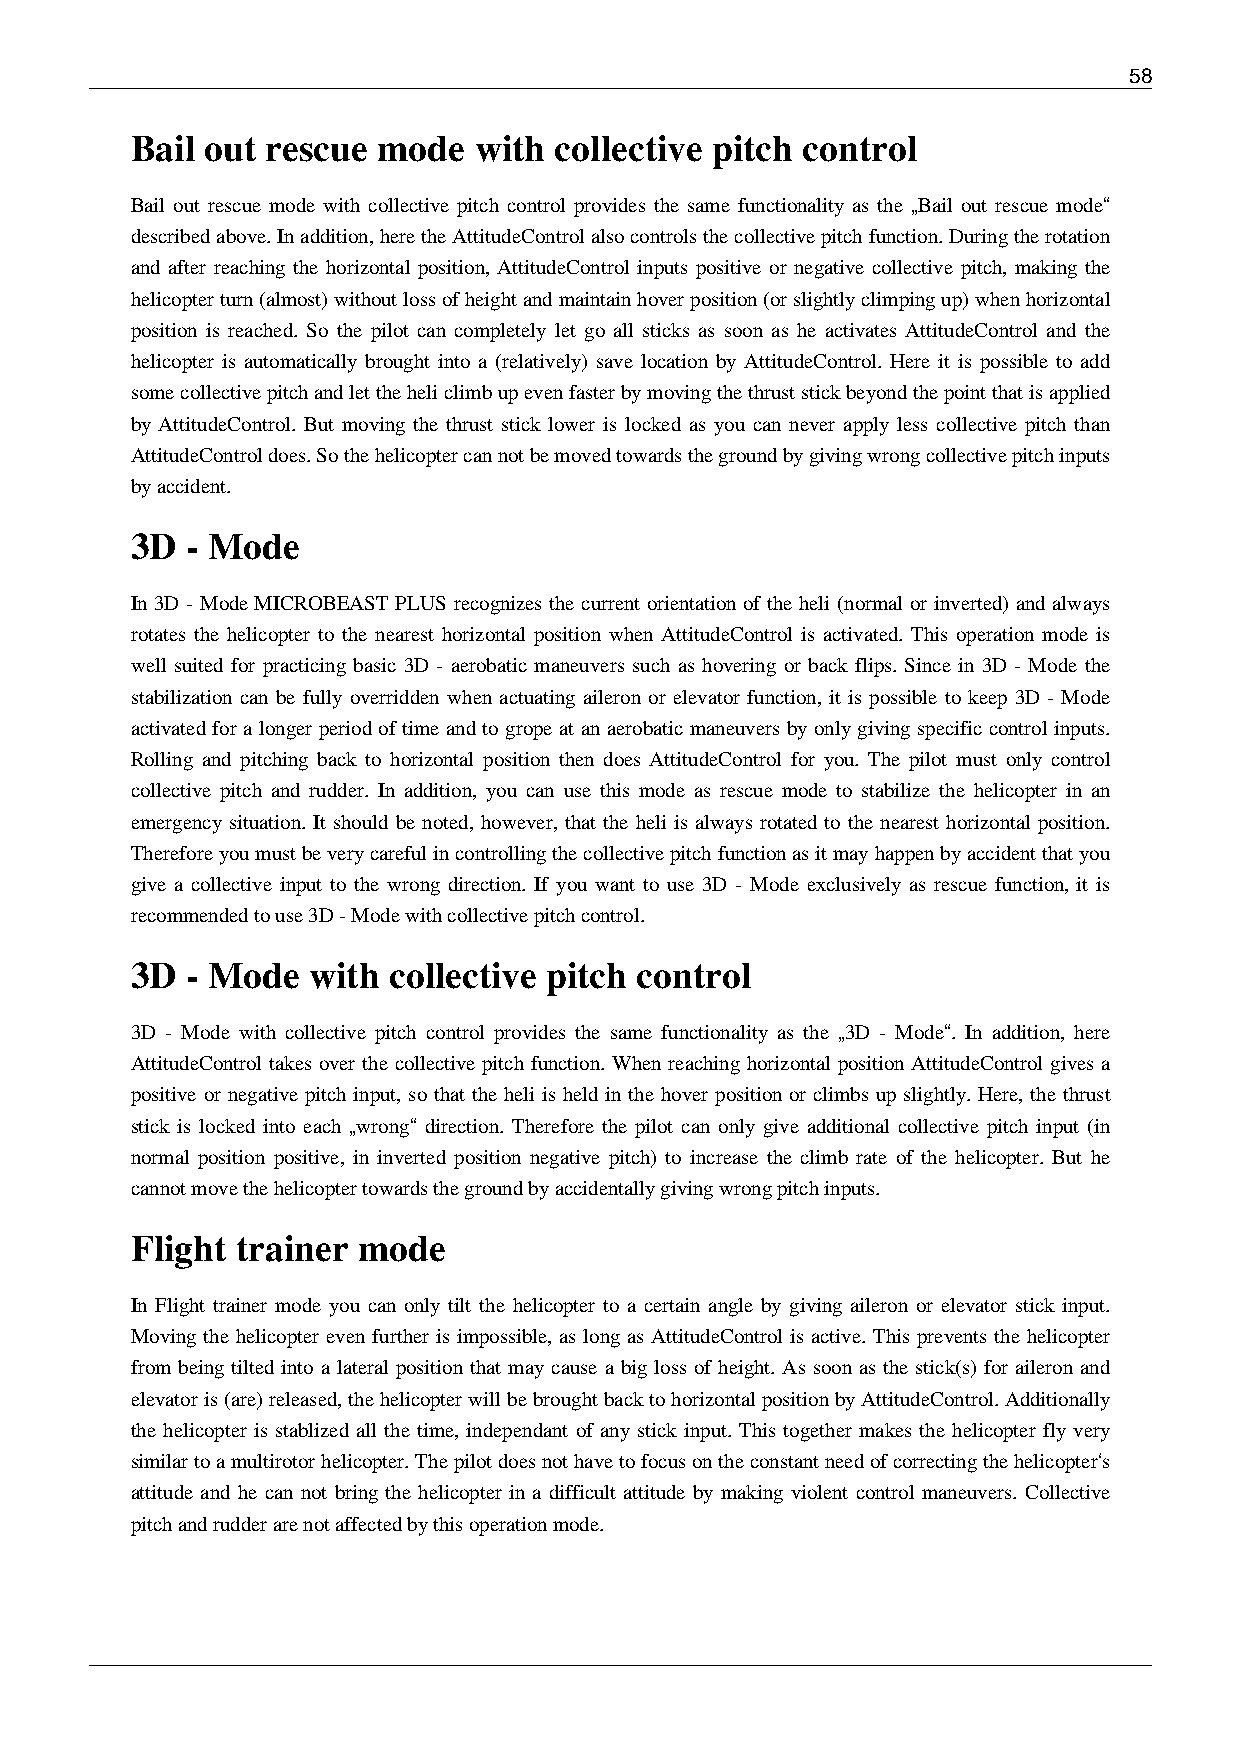
58
 Bail out rescue mode  with  collective pitch control
 Bail out rescue mode with collective pitch control provides the same functionality as the „Bail out rescue mode“
 described above. In addition, here the AttitudeControl also controls the collective pitch function. During the rotation
 and after reaching the horizontal position, AttitudeControl inputs positive or negative collective pitch, making the
 helicopter turn (almost) without loss of height and maintain hover position (or slightly climping up) when horizontal
 position is reached. So the pilot can completely let go all sticks as soon as he activates AttitudeControl and the
 helicopter is automatically brought into a (relatively) save location by AttitudeControl. Here it is possible to add
 some collective pitch and let the heli climb up even faster by moving the thrust stick beyond the point that is applied
 by AttitudeControl. But moving the thrust stick lower is locked as you can never apply less collective pitch than
 AttitudeControl does. So the helicopter can not be moved towards the ground by giving wrong collective pitch inputs
 by accident.
 3D - Mode
 In 3D - Mode MICROBEAST PLUS recognizes the current orientation of the heli (normal or inverted) and always
 rotates the helicopter to the nearest horizontal position when AttitudeControl is activated. This operation mode is
 well suited for practicing basic 3D - aerobatic maneuvers such as hovering or back flips. Since in 3D - Mode the
 stabilization can be fully overridden when actuating aileron or elevator function, it is possible to keep 3D - Mode
 activated for a longer period of time and to grope at an aerobatic maneuvers by only giving specific control inputs.
 Rolling and pitching back to horizontal position then does AttitudeControl for you. The pilot must only control
 collective pitch and rudder. In addition, you can use this mode as rescue mode to stabilize the helicopter in an
 emergency situation. It should be noted, however, that the heli is always rotated to the nearest horizontal position.
 Therefore you must be very careful in controlling the collective pitch function as it may happen by accident that you
 give a collective input to the wrong direction. If you want to use 3D - Mode exclusively as rescue function, it is
 recommended to use 3D - Mode with collective pitch control.
 3D - Mode  with  collective pitch control
 3D - Mode with collective pitch control provides the same functionality as the „3D - Mode“. In addition, here
 AttitudeControl takes over the collective pitch function. When reaching horizontal position AttitudeControl gives a
 positive or negative pitch input, so that the heli is held in the hover position or climbs up slightly. Here, the thrust
 stick is locked into each „wrong“ direction. Therefore the pilot can only give additional collective pitch input (in
 normal position positive, in inverted position negative pitch) to increase the climb rate of the helicopter. But he
 cannot move the helicopter towards the ground by accidentally giving wrong pitch inputs.
 Flight trainer mode
 In Flight trainer mode you can only tilt the helicopter to a certain angle by giving aileron or elevator stick input.
 Moving the helicopter even further is impossible, as long as AttitudeControl is active. This prevents the helicopter
 from being tilted into a lateral position that may cause a big loss of height. As soon as the stick(s) for aileron and
 elevator is (are) released, the helicopter will be brought back to horizontal position by AttitudeControl. Additionally
 the helicopter is stablized all the time, independant of any stick input. This together makes the helicopter fly very
 similar to a multirotor helicopter. The pilot does not have to focus on the constant need of correcting the helicopter‘s
 attitude and he can not bring the helicopter in a difficult attitude by making violent control maneuvers. Collective
 pitch and rudder are not affected by this operation mode.